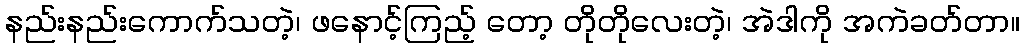
နည်းနည်းကောက်သတဲ့၊ ဖနောင့်ကြည့် တော့ တိုတိုလေးတဲ့၊ အဲဒါကို အကဲခတ်တာ။